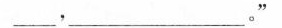
___，___。”